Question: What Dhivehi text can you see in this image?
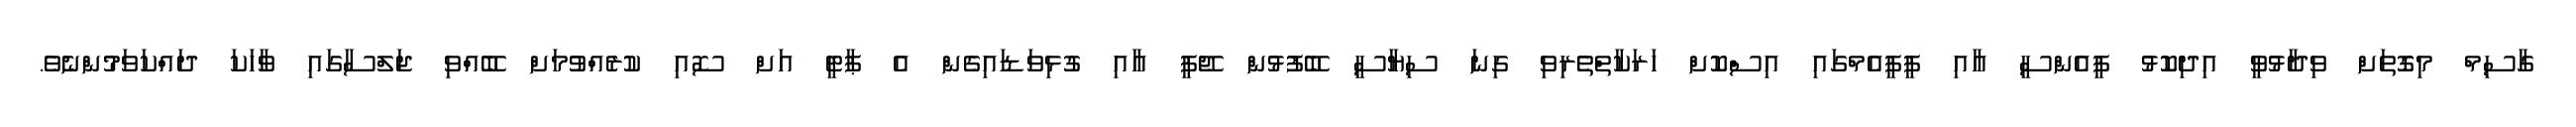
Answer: ގާސިމް މިގޮތަށް ވިދާޅުވީ އިދިކޮޅު ޕީއެންސީ އާއި ޕީޕީއެމްގައި އިސްކޮށް ހަރަކާތްތެރިވި ގިނަ ސިޔާސީ ބޭފުޅުން ޖޭޕީ އާއި ގުޅިވަޑައިގެން އެ ޕާޓީ އަށް ސޮއި ކުރެއްވުމަށް ބޭއްވި ޖަލްސާގައި ވާހަކަ ދައްކަވަމުންނެވެ.